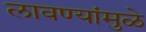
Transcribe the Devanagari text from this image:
लावण्यांमुळे